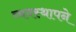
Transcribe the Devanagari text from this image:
व्यवस्थापने